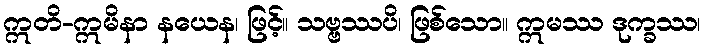
ဣတိ-ဣမိနာ နယေန၊ ဖြင့်။ သဗ္ဗဿပိ၊ ဖြစ်သော။ ဣမဿ ဒုက္ခဿ၊